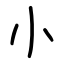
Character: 小